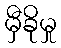
မှီခိုမှု